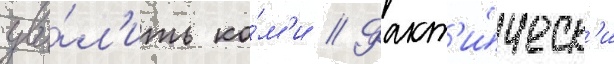
уво́л'ить ко́м'и // Факт'и́ческ'и